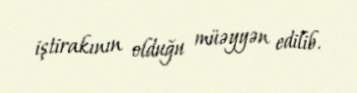
iştirakının olduğu müəyyən edilib.